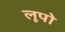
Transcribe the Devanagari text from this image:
लूपो